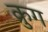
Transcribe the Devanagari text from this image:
क्रुग